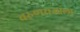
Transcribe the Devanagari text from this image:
वरुणराजाला